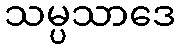
သမ္ပသာဒေ